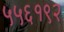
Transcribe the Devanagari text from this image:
५५६१९२